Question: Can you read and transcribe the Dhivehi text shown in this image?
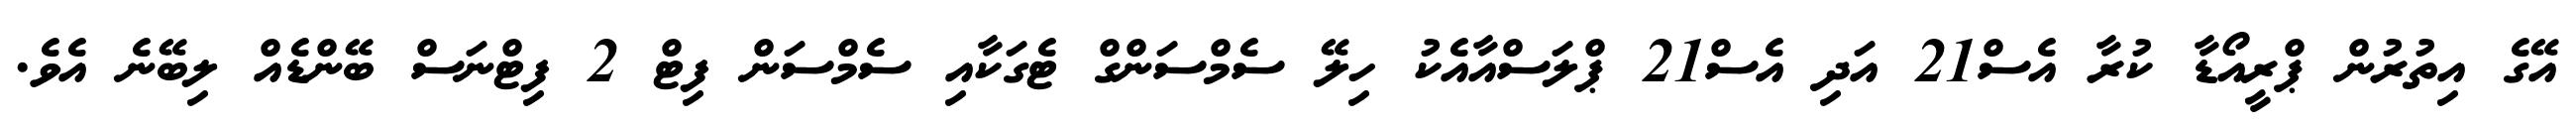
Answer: އޭގެ އިތުރުން ޕްރީއޯޑާ ކުރާ އެސް21 އަދި އެސް21 ޕްލަސްއާއެކު ހިލޭ ސެމްސަންގް ޓެގަކާއި ސެމްސަން ފިޓް 2 ފިޓްނަސް ބޭންޑެއް ލިބޭނެ އެވެ.